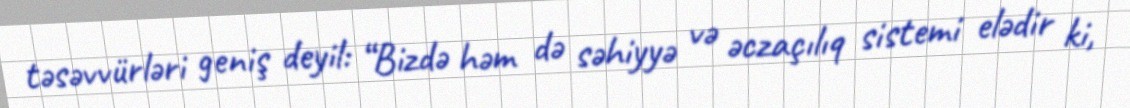
təsəvvürləri geniş deyil: “Bizdə həm də səhiyyə və əczaçılıq sistemi elədir ki,